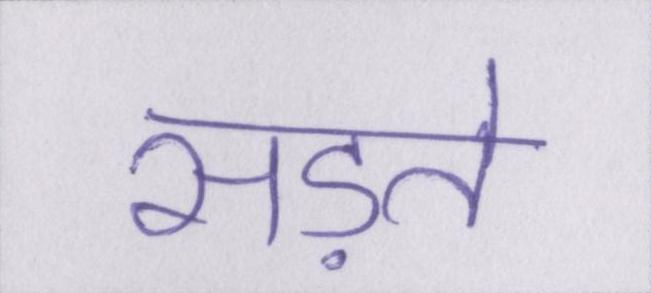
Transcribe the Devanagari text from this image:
सड़ते